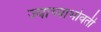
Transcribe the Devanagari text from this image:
ज्याच्याभोवती